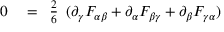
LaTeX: \begin{array} { r l } { 0 } & { { } = { \begin{array} { l } { { \frac { 2 } { 6 } } } \end{array} } ( \partial _ { \gamma } F _ { \alpha \beta } + \partial _ { \alpha } F _ { \beta \gamma } + \partial _ { \beta } F _ { \gamma \alpha } ) } \end{array}